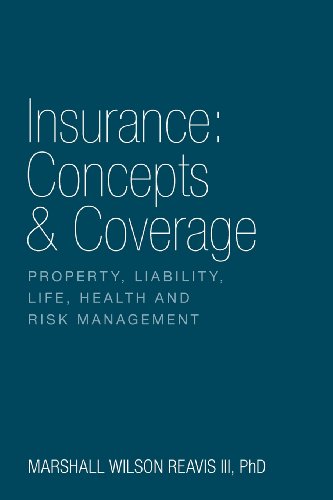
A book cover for Insurance: Concepts & Coverage; Marshall Wilson III Reavis; Education & Teaching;